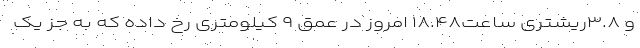
و ۳.۸ریشتری ساعت۱۸.۴۸ امروز در عمق ۹ کیلومتری رخ داده که به جز یک